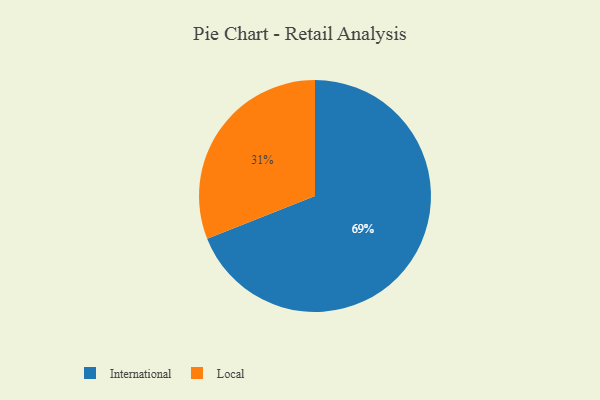
{"axis": {"x": "Category", "y": "Percentage"}, "legend": ["International", "Local"], "data": [{"x": "International", "y": 69, "type": "International"}, {"x": "Local", "y": 31, "type": "Local"}]}